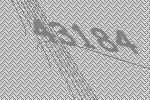
43184